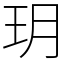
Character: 玥